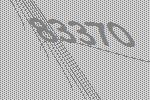
83370